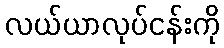
လယ်ယာလုပ်ငန်းကို